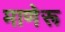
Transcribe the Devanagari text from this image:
माणेरू